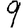
Digit: 9